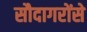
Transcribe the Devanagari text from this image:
सौदागरोंसे